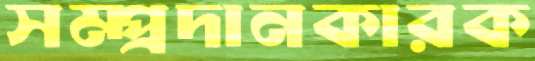
সম্প্রদানকারক